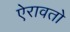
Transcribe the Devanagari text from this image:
ऐरावतो